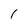
Character: 1